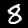
Label: 8